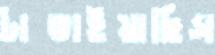
টাঙাইয়াছিস